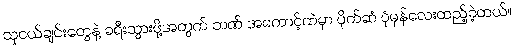
သူငယ်ချင်းတွေနဲ့ ခရီးသွားဖို့အတွက် ဘဏ် အကောင့်ထဲမှာ ပိုက်ဆံ ပုံမှန်လေးထည့်ခဲ့တယ်။